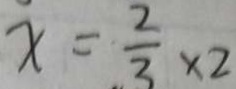
x = \frac { 2 } { 3 } \times 2